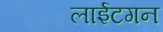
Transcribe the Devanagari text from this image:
लाईटगन